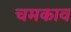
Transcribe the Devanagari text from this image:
चमकाव